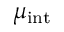
\mu _ { \mathrm { i n t } }